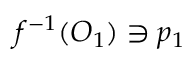
f ^ { - 1 } ( O _ { 1 } ) \ni p _ { 1 }